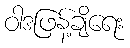
ဝါဒဖြန့်ချိရေး